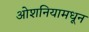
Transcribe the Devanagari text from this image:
ओशनियामधून